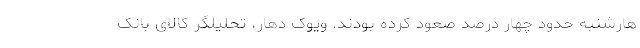
هارشنبه حدود چهار درصد صعود کرده بودند. ویوک دهار، تحلیلگر کالای بانک